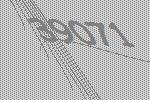
39071